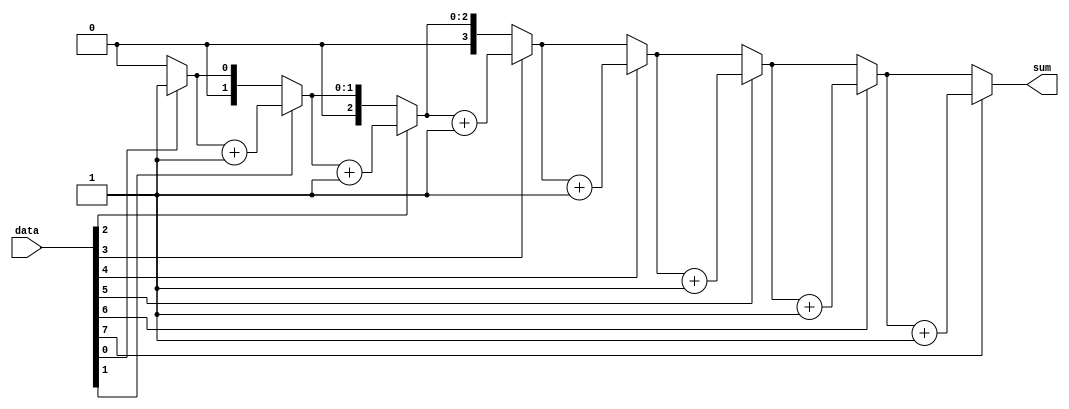
module bit_vector_sum
#(
        parameter DATA_W = 8,
        parameter POS_W  = $clog2(DATA_W)
)
(
        input  wire [DATA_W - 1:0] data,
        output wire [POS_W     :0] sum
);

wire [POS_W:0] tmp [DATA_W:0];


genvar i;
generate for (i = 0; i <= DATA_W; i = i + 1)
begin: loop_1
        if (i == 0) assign tmp[i] = 'h0;
        else begin
                assign tmp[i] = (data[i - 1]) ? (tmp[i - 1] + 'h1) : tmp[i - 1];
        end
end
endgenerate

assign sum = tmp[DATA_W];

endmodule